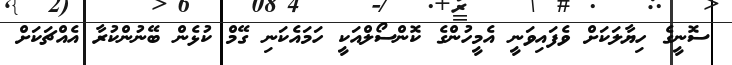
ސޮނީގެ ހިޔާލަކަށް ވެފައިވަނީ އެމީހުންގެ ކޮންސޯލްއަކީ ހަމައެކަނި ގޭމް ކުޅެން ބޭނުންކުރާ އެއްޗަކަށް